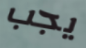
يجب